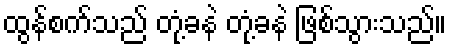
ထွန်စက်သည် တုံ့ခနဲ တုံ့ခနဲ ဖြစ်သွားသည်။